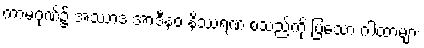
ကာမဂုဏ်၌ အဿာဒ အာဒီနဝ နိဿရဏ စသည်ကို ပြသော ဂါထာများ